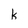
Character: k